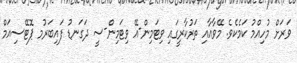
ވަރަށް މުހިއްމު ކަމެކެވެ. މޭވާއާއި ތަރުކާރީގައި ވިޓަމިން-އޭ ވިޓަމިން-ސީ ދަގަނޑު ފައިބަރުމ ޕޮޓޭސިއަމް